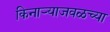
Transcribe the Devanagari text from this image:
किनार्‍याजवळच्या